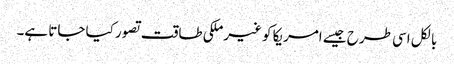
بالکل اسی طرح جیسے امریکا کو غیرملکی طاقت تصور کیا جاتا ہے۔